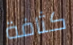
كثافة